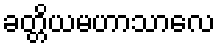
ခတ္တိယမဟာသာလေ